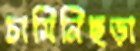
চামিনিছড়া